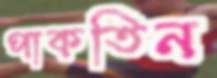
পাকতিন